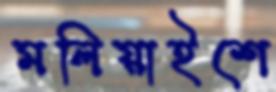
মলিয়াইশে